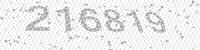
Solution: 216819